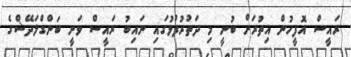
ރައީސް އޮފީހުން އިތުރަށް ބުނީ މި ދަތުރުފުޅުގައި ނައިބު ރައީސް ވަނީ ބަންގްލަދޭޝްގެ